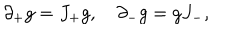
LaTeX: \partial _ { + } g = J _ { + } g , { } ~ \partial _ { - } g = g J _ { - } ,